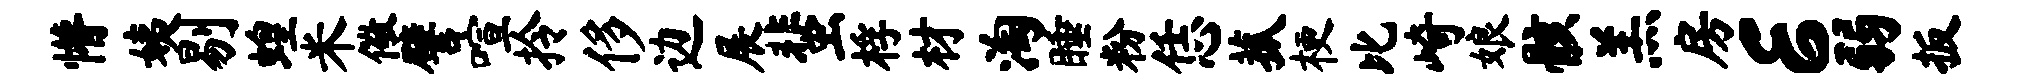
懵姨剔蝗米儆譬喧拎侈边展蜚桴材淘睡粉恁菰梗比崎娘骸羔房E弱扳